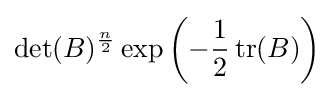
\det(B)^{\frac {n}{2}}\exp \left(-{1 \over 2}\operatorname {tr} (B)\right)